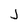
Character: j